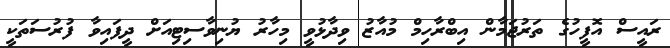
ރައީސް އޮފީހުގެ ތަރުޖަމާން އިބްރާހިމް މުއާޒު ވިދާޅުވީ މިހާރު ޔުނިވާސިޓިއަށް ދީފައިވާ ފުރުސަތަކީ